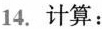
14.计算：